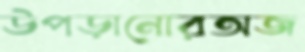
উপড়ানোরঅজ